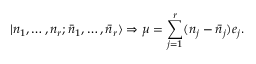
| n _ { 1 } , \ldots , n _ { r } ; \bar { n } _ { 1 } , \ldots , \bar { n } _ { r } \rangle \Rightarrow \mu = \sum _ { j = 1 } ^ { r } ( n _ { j } - \bar { n } _ { j } ) e _ { j } .